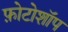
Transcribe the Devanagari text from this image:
फ़ोटोशॉप